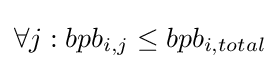
\forall j:bpb_{i,j}\leq bpb_{i,total}